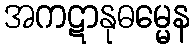
အကဋာနုဓမ္မေန